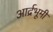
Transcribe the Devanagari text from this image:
आर्द्रभूमी